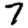
Digit: 7